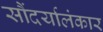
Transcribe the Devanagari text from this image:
सौंदर्यालंकार